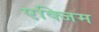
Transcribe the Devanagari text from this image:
एक्जिम